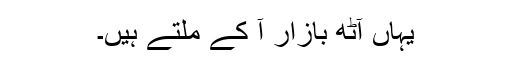
یہاں آٹھ بازار آ کے ملتے ہیں۔